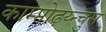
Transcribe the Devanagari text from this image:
काम्प्तोढ़य्न्चुस